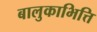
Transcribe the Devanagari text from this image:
बालुकाभित्ति